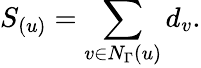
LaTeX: S_{(u)}=\sum_{v\in N_{\Gamma}(u)}d_{v}.